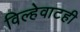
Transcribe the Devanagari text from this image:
विल्हेवाटही